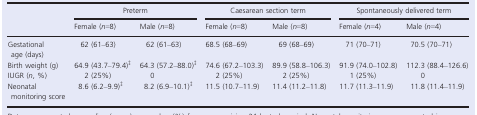
<table><thead><tr><td rowspan="2"></td><td colspan="2"><b>Preterm</b></td><td colspan="2"><b>Caesarean section term</b></td><td colspan="2"><b>Spontaneously delivered term</b></td></tr><tr><td><b>Female (<i>n</i>=8)</b></td><td><b>Male (<i>n</i>=8)</b></td><td><b>Female (<i>n</i>=8)</b></td><td><b>Male (<i>n</i>=8)</b></td><td><b>Female (<i>n</i>=4)</b></td><td><b>Male (<i>n</i>=4)</b></td></tr></thead><tbody><tr><td>Gestational age (days)</td><td>62 (61–63)</td><td>62 (61–63)</td><td>68.5 (68–69)</td><td>69 (68–69)</td><td>71 (70–71)</td><td>70.5 (70–71)</td></tr><tr><td>Birth weight (g)</td><td>64.9 (43.7–79.4)‡</td><td>64.3 (57.2–88.0)‡</td><td>74.6 (67.2–103.3)</td><td>89.9 (58.8–106.3)</td><td>91.9 (74.0–102.8)</td><td>112.3 (88.4–126.6)</td></tr><tr><td>IUGR (<i>n</i>, %)</td><td>2 (25%)</td><td>0</td><td>2 (25%)</td><td>2 (25%)</td><td>1 (25%)</td><td>0</td></tr><tr><td>Neonatal monitoring score</td><td>8.6 (6.2–9.9)‡</td><td>8.2 (6.9–10.1)‡</td><td>11.5 (10.7–11.9)</td><td>11.4 (11.2–11.8)</td><td>11.7 (11.3–11.9)</td><td>11.8 (11.4–11.9)</td></tr></tbody></table>